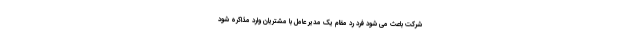
شرکت باعث می شود فرد رد مقام یک مدیر عامل با مشتریان وارد مذاکره شود